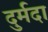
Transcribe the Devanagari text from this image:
दुर्मदा